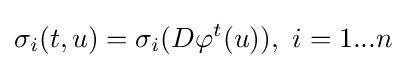
\sigma _{i}(t,u)=\sigma _{i}(D\varphi ^{t}(u)),\ i=1...n